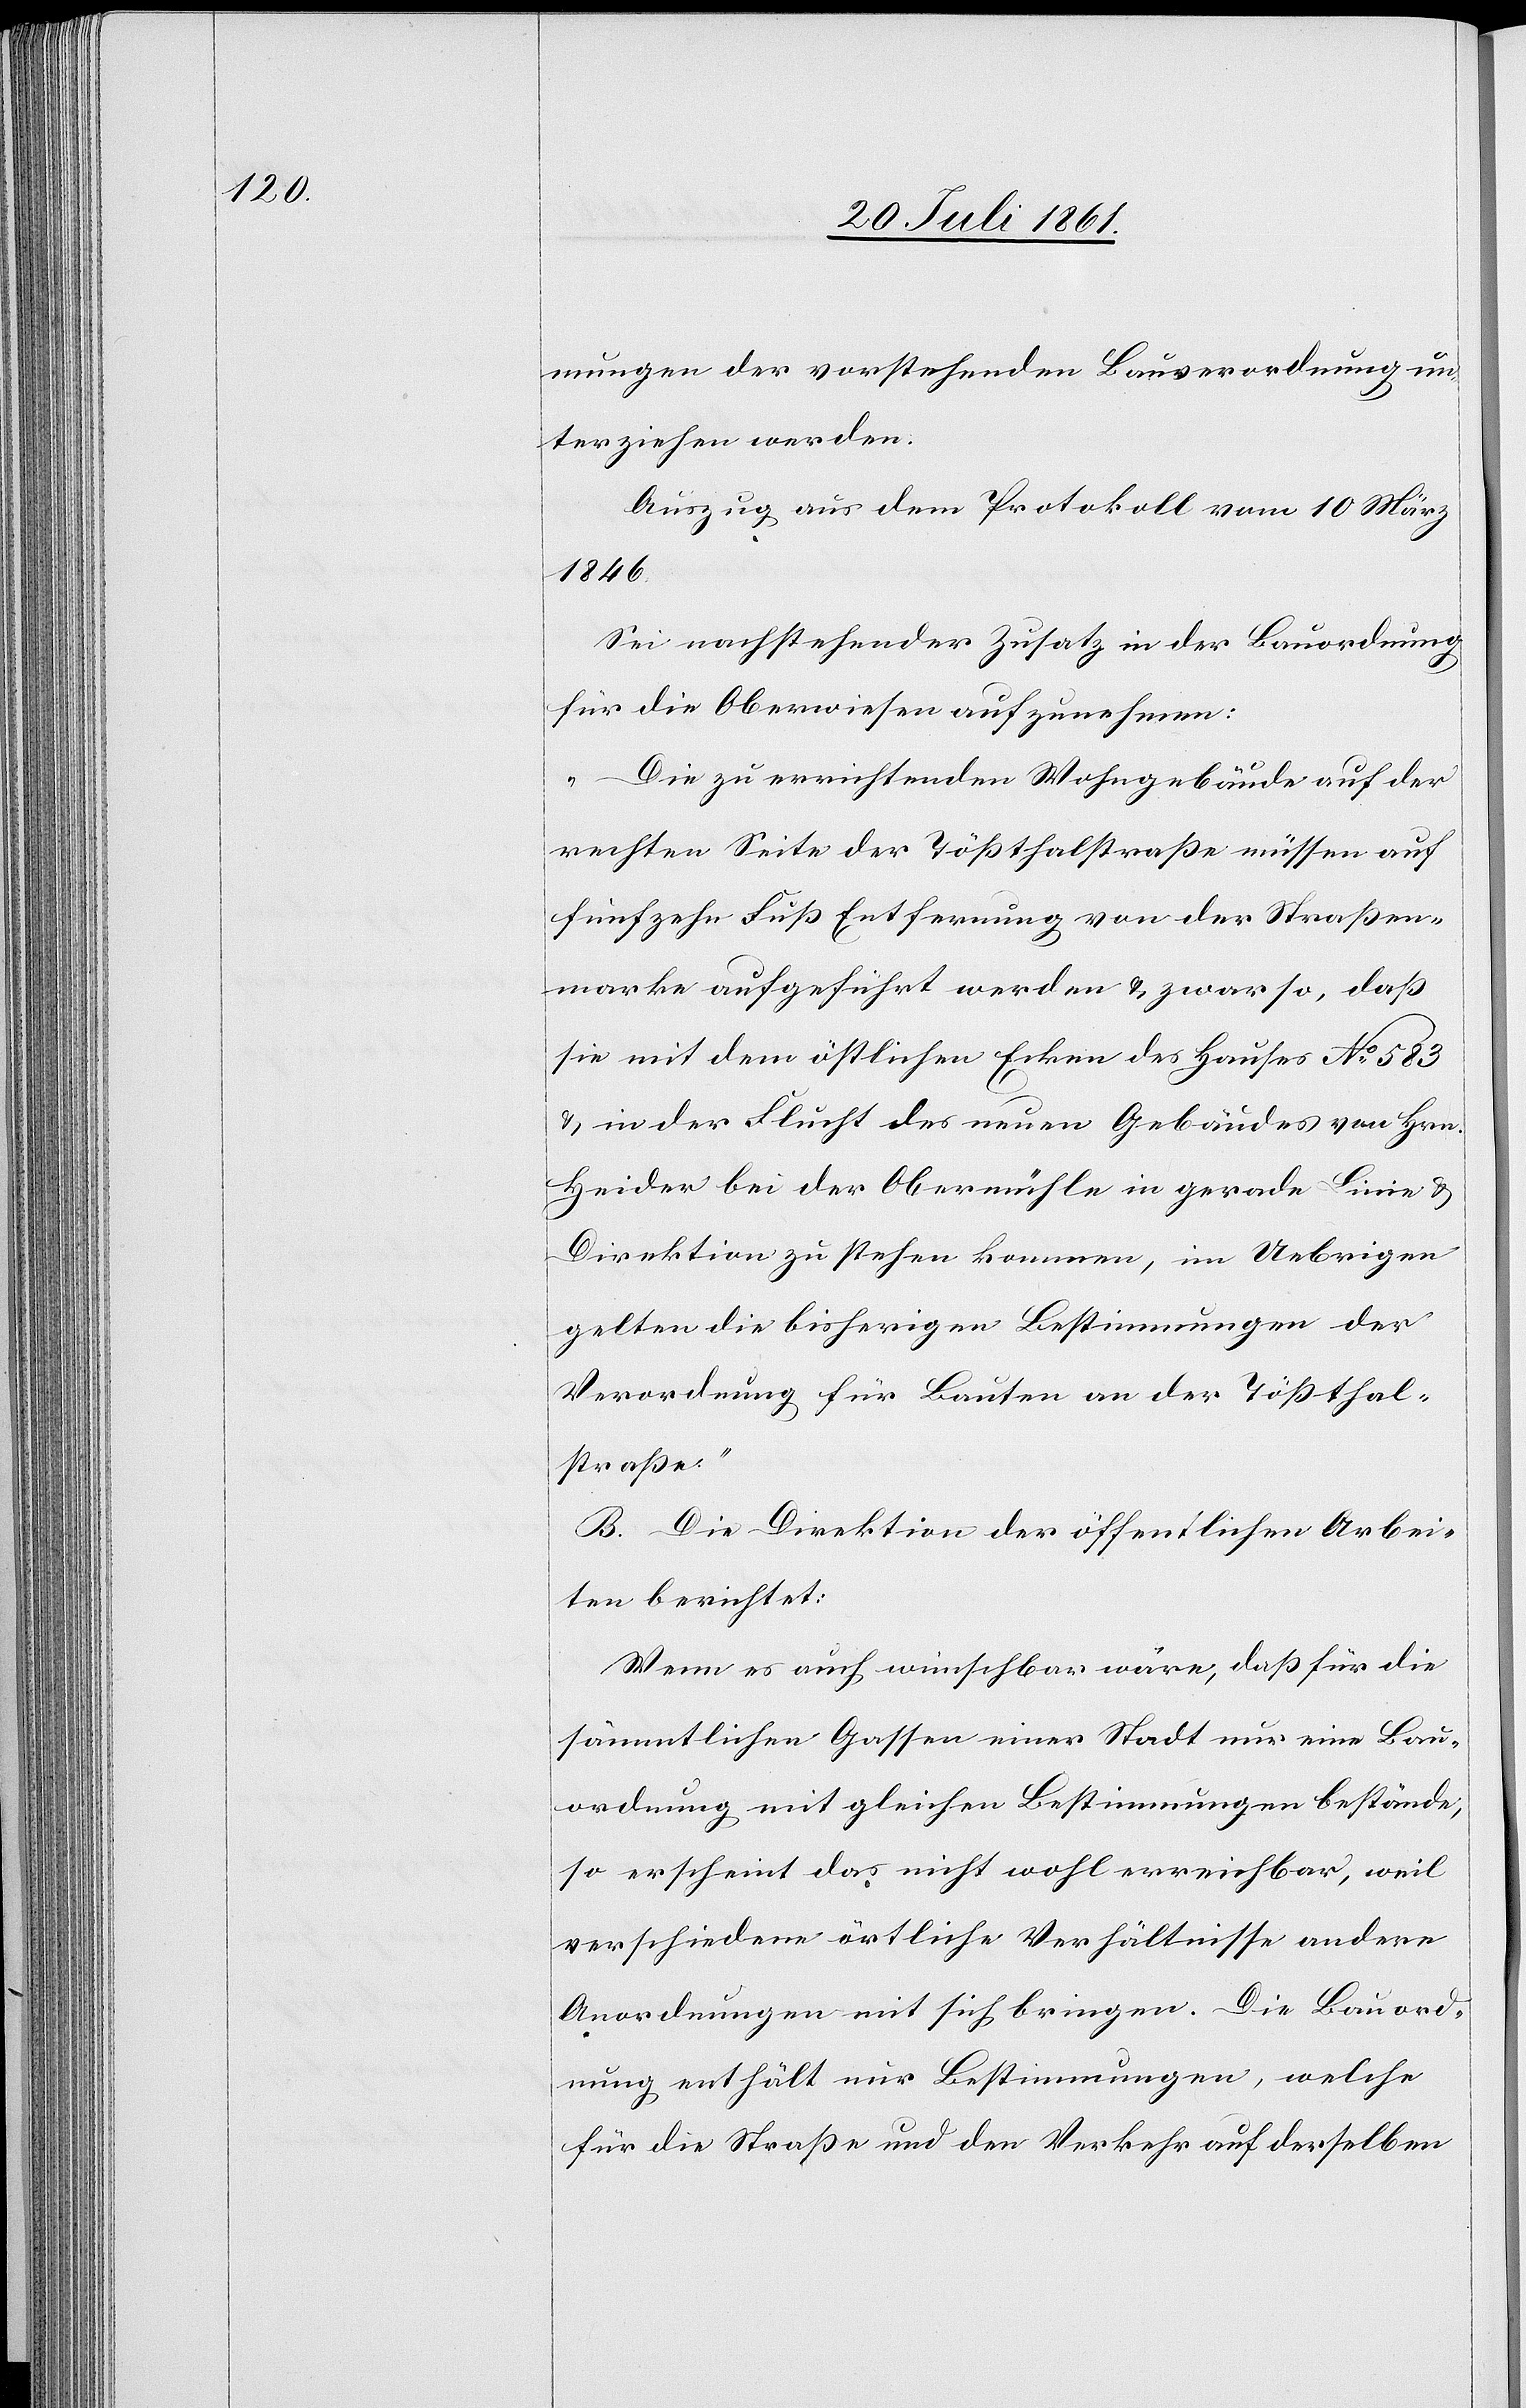
mungen der vorstehenden Bauverordnung un¬
terziehen werden.
Auszug aus dem Protokoll vom 10 März
1846.
Sei nachstehender Zusatz in die Bauordnung
für die Oberwiesen aufzunehmen:
„Die zu errichtenden Wohngebäude auf der
rechten Seite der Tößthalstraße müssen auf
fünfzehn Fuß Entfernung von der Straßen¬
marke aufgeführt werden u. zwar so, daß
sie mit dem östlichen Ecken des Hauses N° 583
u. in der Flucht des neuen Gebäudes von Hrn.
Heider bei der Obermühle in gerade Linie u.
Direktion zu stehen kommen, im Uebrigen
gelten die bisherigen Bestimmungen der
Verordnung für Bauten an der Tößthal¬
straße“
B. Die Direktion der öffentlichen Arbei¬
ten berichtet:
Wenn es auch wünschbar wäre, daß für die
sämmtlichen Gassen einer Stadt nur eine Bau¬
ordnung mit gleichen Bestimmungen bestände,
so erscheint das nicht wohl erreichbar, weil
verschiedene örtliche Verhältnisse andere
Anordnungen mit sich bringen. Die Bauord¬
nung enthält nur Bestimmungen, welche
für die Straße und den Verkehr auf derselben